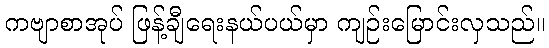
ကဗျာစာအုပ် ဖြန့်ချီရေးနယ်ပယ်မှာ ကျဉ်းမြောင်းလှသည်။